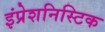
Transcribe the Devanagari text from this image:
इंप्रेशनिस्टिक